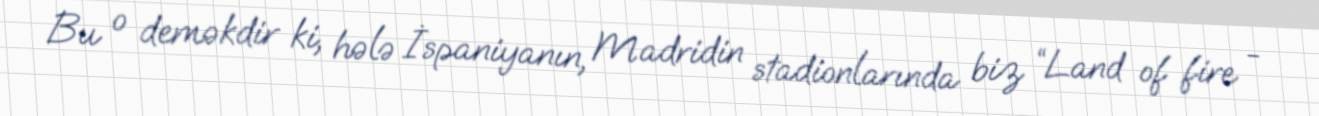
Bu o deməkdir ki, hələ İspaniyanın, Madridin stadionlarında biz “Land of fire -